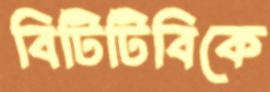
বিটিটিবিকে